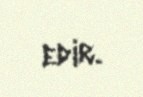
edir.